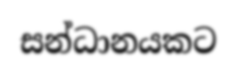
සන්ධානයකට